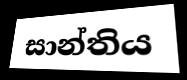
සාන්තිය